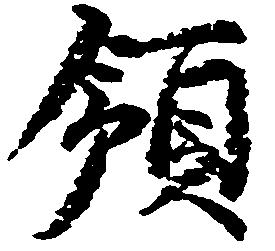
領